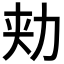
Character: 𰅍